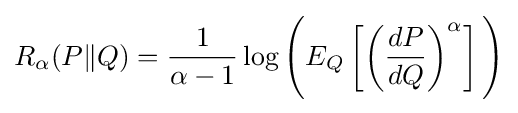
R_{\alpha }(P\|Q)={\frac {1}{\alpha -1}}\log {\Bigg (}E_{Q}\left[\left({\frac {dP}{dQ}}\right)^{\alpha }\right]{\Bigg )}